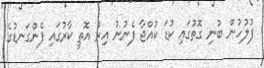
ފުލުހުން ބުނި ގޮތުގައި ކުޑަ ކުއްޖާ ފެނުނު އިރު އޮތީ ކާރުގައި ފެންގަނޑުގެ